Annual report of the Punjab Veterinary College and of the Civil Veterinary Department, Punjab - 1909-1919
Year: 1909
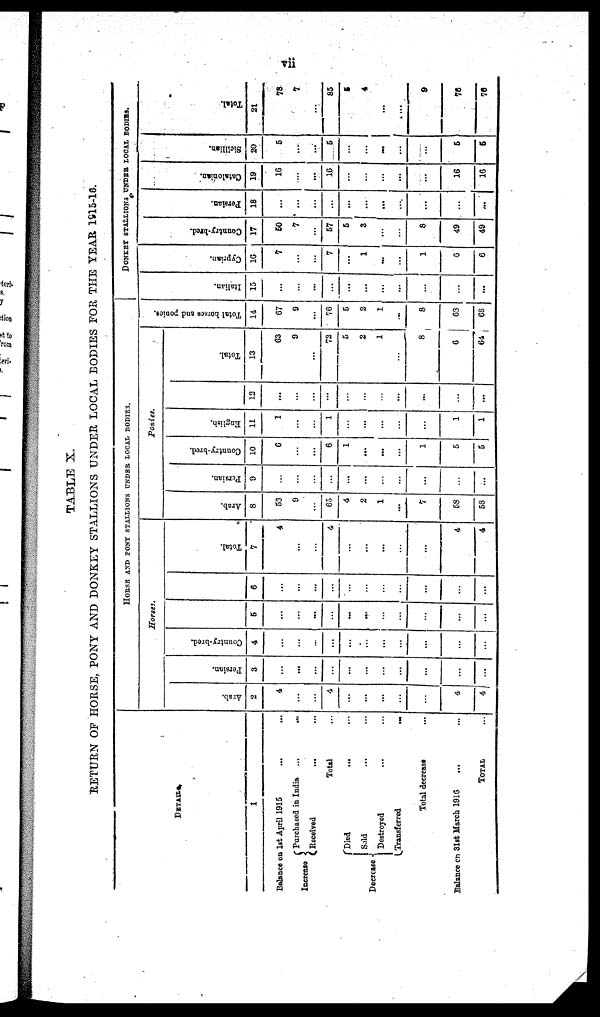
vii
TABLE X.
RETURN OF HORSE, PONY AND DONKEY STALLIONS UNDER LOCAL BODIES FOR THE YEAR 1915-16.
DETAILS.
1
Balance on 1st April 1925
Increase
Purchased in India ...
...
Received
...
Total
Decrease
Died
Sold
Destroyed
Transferred
...
Total decrease ...
Balance on 31st March 1916 ... ...
TOTAL
HORSR AND PONY STALLIONS UNDER LOCAL BODIES.
Horses.
Arab.
2
4
...
...
4
...
...
...
...
...
4
4
Persian.
3
...
...
...
...
...
...
..
...
...
...
...
Country-bred.
4
...
...
...
...
...
...
...
....
...
....
5
...
...
...
...
...
...
...
...
...
...
...
6
..
...
...
...
...
...
...
...
...
...
...
Total.
7
4
...
...
4
...
...
...
...
...
...
4
4
Ponies
Arab.
8
53
9
...
65
4
2
1
...
7
58
53
Persian.
9
...
..
...
...
...
...
...
...
...
..
...
Country-bred.
10
6
...
...
6
1
...
...
...
1
5
5
English.
11
1
...
...
1
...
...
...
...
..
1
1
12
...
...
...
...
...
...
...
...
...
...
...
Total.
13
63
9
...
72
5
2
1
...
8
6
64
Total horses
and ponies.
14
67
9
...
76
5
2
1
...
8
68
68
DONKEY STALLIONS UNDER LOCAL BODIES.
I t al i an.
15
...
...
...
...
...
...
...
...
...
...
...
Cypr i
an.
16
7
...
...
7
...
1
...
...
1
6
6
Count r
y- br e d.
17
50
7
...
57
5
3
...
...
8
49
49
Per s i
an.
18
...
...
...
...
...
...
...
...
...
...
...
Cat al oni an.
19
16
...
...
16
...
...
..
...
...
16
16
Sicillian.
20
5
...
...
5
...
...
...
...
...
5
5
Tot al .
21
78
7
...
85
5
4
...
...
9
76
76